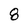
Character: 8